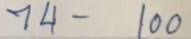
74 - 100